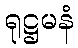
ရုဋ္ဌမနံ